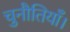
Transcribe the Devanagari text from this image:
चुनौतियाँ।